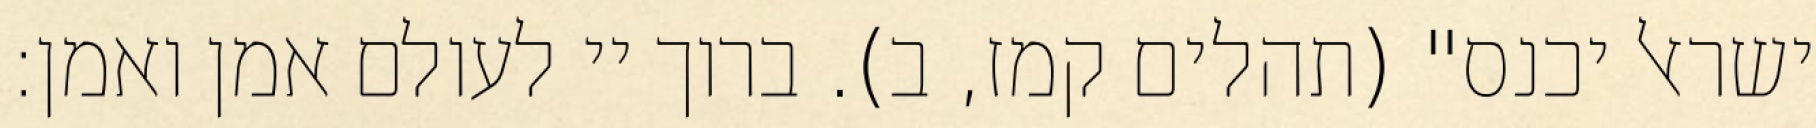
ישראל יכנס" (תהלים קמז, ב). ברוך יי לעולם אמן ואמן: